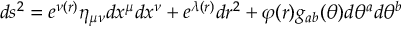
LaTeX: d s ^ { 2 } = e ^ { \nu ( r ) } \eta _ { \mu \nu } d x ^ { \mu } d x ^ { \nu } + e ^ { \lambda ( r ) } d r ^ { 2 } + \varphi ( r ) g _ { a b } ( \theta ) d \theta ^ { a } d \theta ^ { b }